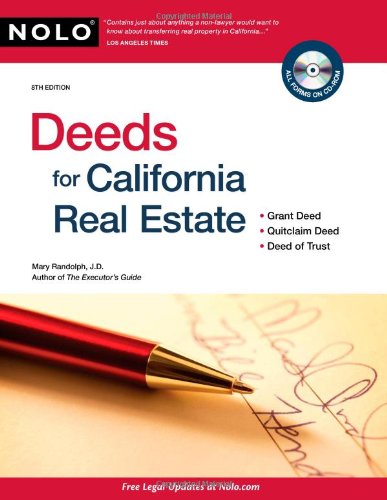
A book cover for Deeds for California Real Estate; Mary Randolph J.D.; Business & Money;